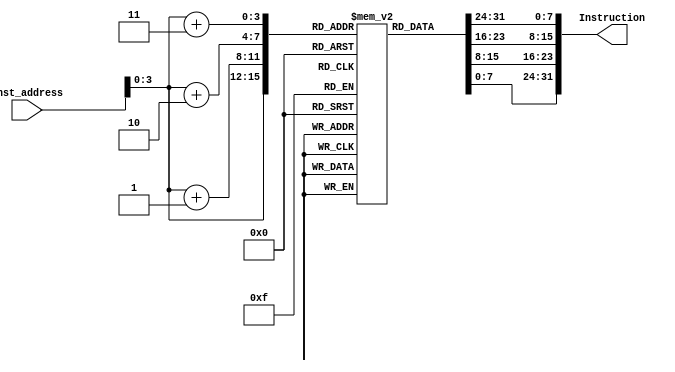
// module Instruction_Memory (
//     input  [63:0] Inst_address,
//     output reg [31:0] Instruction
// );
//     reg [7:0] instr_mem [15:0]; // 16 bitsx8 = 16 bytes

//     initial
//     begin
//         instr_mem [ 0] = 8'b10000011;
//         instr_mem [ 1] = 8'b00110100;
//         instr_mem [ 2] = 8'b10000101;
//         instr_mem [ 3] = 8'b00000010;
//         instr_mem [ 4] = 8'b10110011;
//         instr_mem [ 5] = 8'b10000100;
//         instr_mem [ 6] = 8'b10011010;
//         instr_mem [ 7] = 8'b00000000;
//         instr_mem [ 8] = 8'b10010011;
//         instr_mem [ 9] = 8'b10000100;
//         instr_mem [10] = 8'b00010100;
//         instr_mem [11] = 8'b00000000;
//         instr_mem [12] = 8'b00100011;
//         instr_mem [13] = 8'b00110100;
//         instr_mem [14] = 8'b10010101;
//         instr_mem [15] = 8'b00000010;   
//     end
    
//     always @(Inst_address)
//     begin
//         case(Inst_address)
//             64'd0 : Instruction = {instr_mem[ 3], instr_mem[ 2], instr_mem[ 1], instr_mem[ 0]};
//             64'd4 : Instruction = {instr_mem[ 7], instr_mem[ 6], instr_mem[ 5], instr_mem[ 4]};
//             64'd8 : Instruction = {instr_mem[11], instr_mem[10], instr_mem[ 9], instr_mem[ 8]};
//             64'd12: Instruction = {instr_mem[15], instr_mem[14], instr_mem[13], instr_mem[12]};
//         endcase
//     end

// endmodule


module Instruction_Memory
(
    input [63:0] Inst_address,
    output reg [31:0]Instruction
);

    reg [7:0] I_Memory [11:0];

    initial 
        begin
            {I_Memory[3], I_Memory[2], I_Memory[1], I_Memory[0]} = 32'h003100b3; 
            // add x1 x2 x3
            {I_Memory[7], I_Memory[6], I_Memory[5], I_Memory[4]} = 32'h00308133; 
            // add x2 x1 x3
            {I_Memory[11], I_Memory[10], I_Memory[9], I_Memory[8]} = 32'h00108193; 
            // addi x3 x1 1      
        end

    always @(*)   // Fethcing address.  
        Instruction = {I_Memory[Inst_address +3], I_Memory[Inst_address + 2], I_Memory[Inst_address + 1], I_Memory[Inst_address]};

endmodule